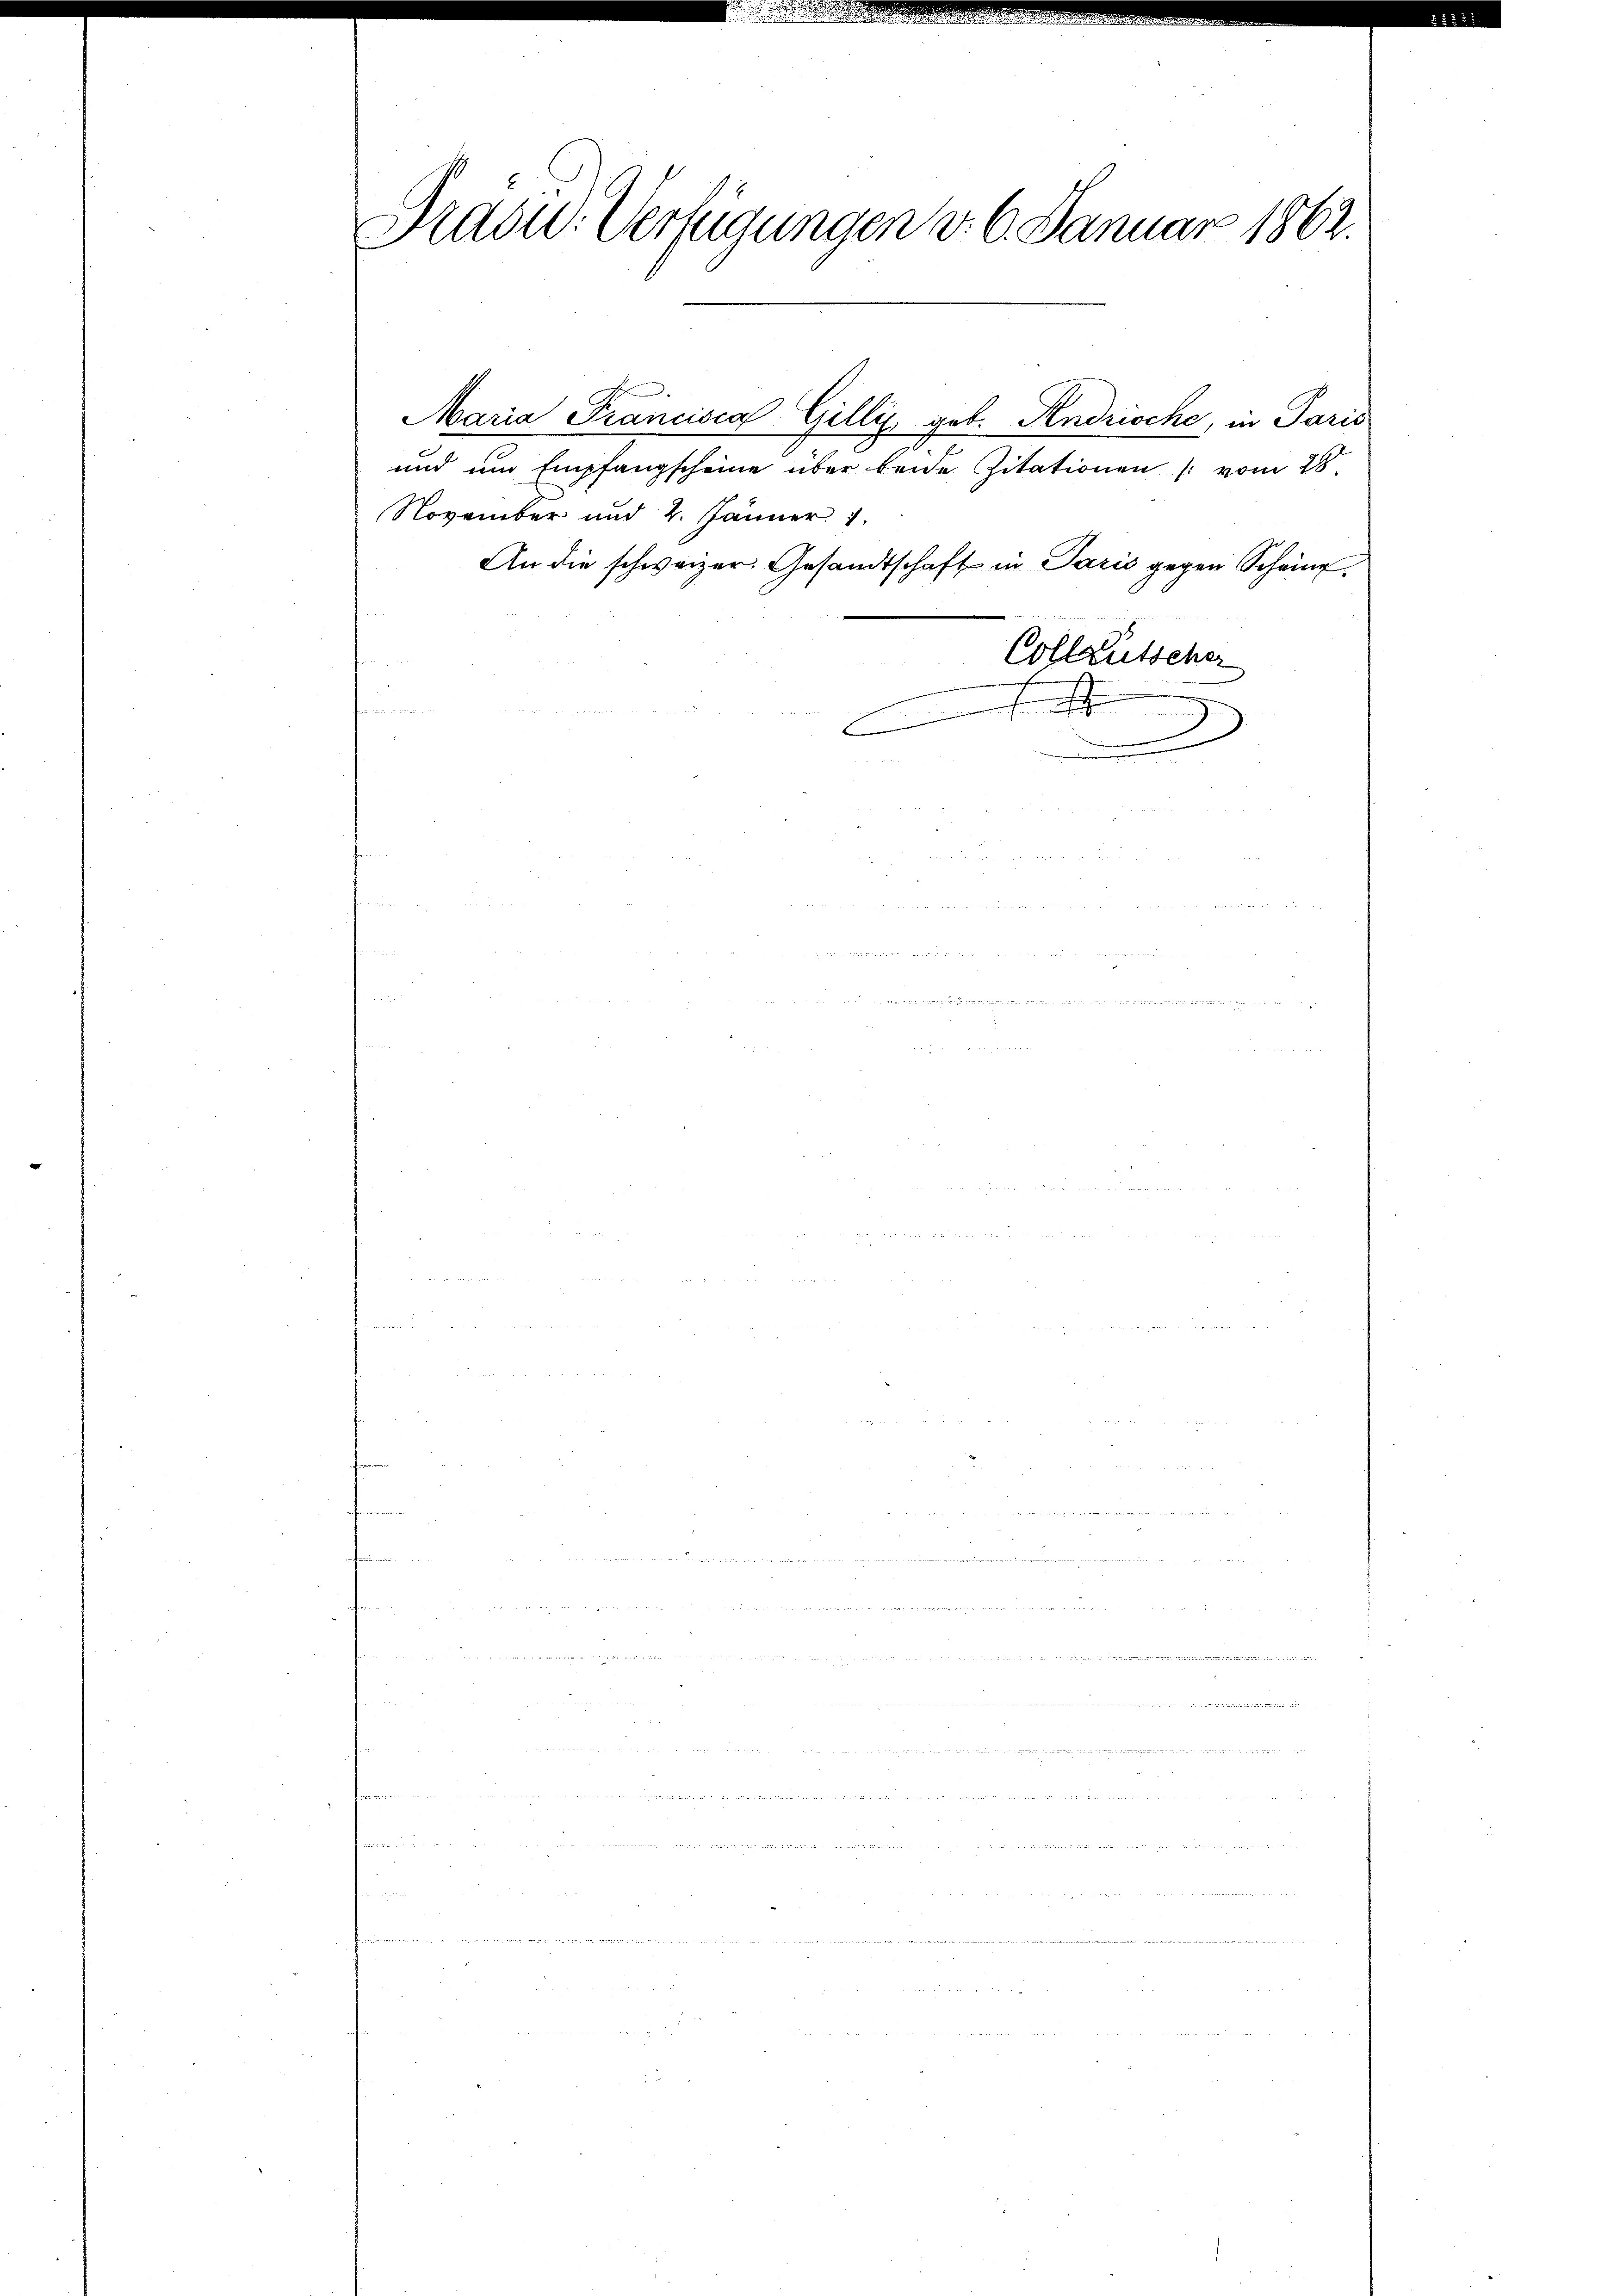
Präsid. Verfügungen v. 6. Januar 1862.

und um Empfangscheine über beide Zitationen (vom 28.
November und 2. Jänner 1
An die schweizer. Gesandtschaft in Paris gegen Scheine
Colleutscher
n

Maria Francisca Gillig geb. Andrische, in Paris